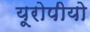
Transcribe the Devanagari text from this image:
यूरोपीयो